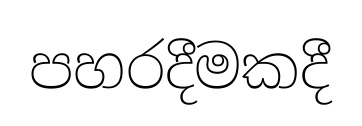
පහරදීමකදී